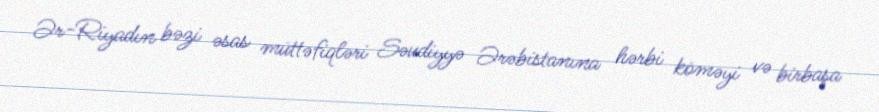
Ər-Riyadın bəzi əsas müttəfiqləri Səudiyyə Ərəbistanına hərbi köməyi və birbaşa